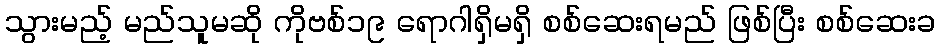
သွားမည့် မည်သူမဆို ကိုဗစ်၁၉ ရောဂါရှိမရှိ စစ်ဆေးရမည် ဖြစ်ပြီး စစ်ဆေးခ